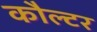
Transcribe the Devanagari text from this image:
कौल्टर